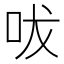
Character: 㕹